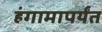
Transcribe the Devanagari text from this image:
हंगामापर्यंत